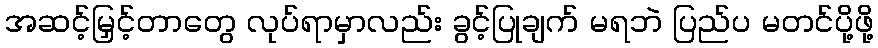
အဆင့်မြှင့်တာတွေ လုပ်ရာမှာလည်း ခွင့်ပြုချက် မရဘဲ ပြည်ပ မတင်ပို့ဖို့